Leaving Certificate Examination, 1906
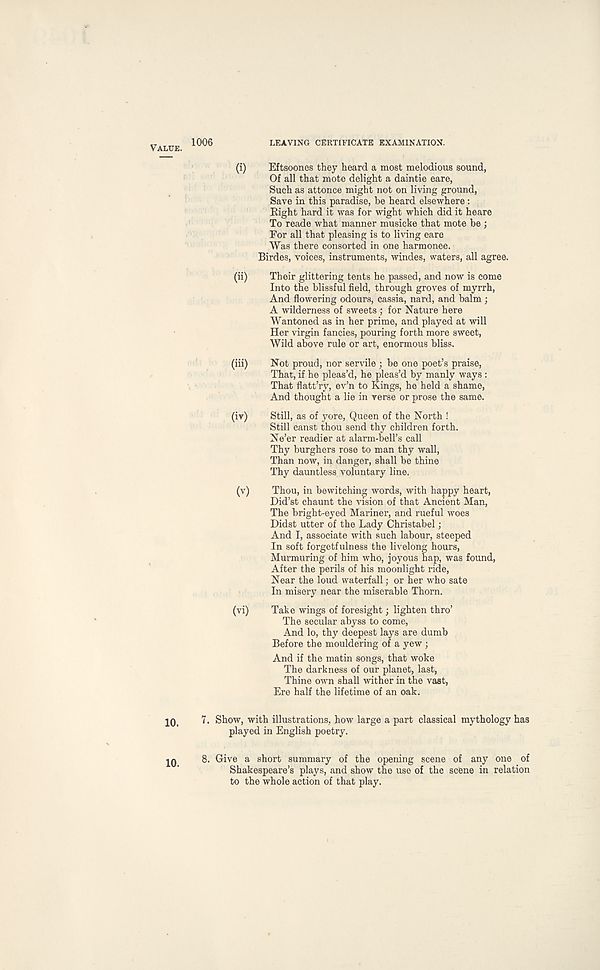
VALUE.
1006
LEAVING CERTIFICATE EXAMINATION.
(i)
Eftsoones they heard a most melodious sound,
Of all that mote delight a daintie eare,
Such as attonce might not on living ground,
Save in this paradise, be heard elsewhere :
Right hard it was for wight which did it heare
To reade what manner musicke that mote be ;
For all that pleasing is to living eare
Was there consorted in one harmonee.
Birdes, voices, instruments, windes, waters, all agree.
(ii)
Their glittering tents he passed, and now is come
Into the blissful field, through groves of myrrh,
And flowering odours, cassia, nard, and balm ;
A wilderness of sweets ; for Nature here
Wantoned as in her prime, and played at will
Her virgin fancies, pouring forth more sweet,
Wild above rule or art, enormous bliss.
(iii)
Not proud, nor servile ; be one poet’s praise,
That, if he pleas’d, he pleas’d by manly ways :
That flatt’ry, ev’n to Kings, he held a shame,
And thought a lie in verse or prose the same.
(iv)
Still, as of yore, Queen of the North !
Still canst thou send thy children forth.
Ne’er readier at alarm-bell’s call
Thy burghers rose to man thy wall,
Than now, in danger, shall be thine
Thy dauntless voluntary line.
(v)
T
Did’st chaunt the vision of that Ancient Man,
The bright-eyed Mariner, and rueful woes
Didst utter of the Lady Christabel;
And I, associate with such labour, steeped
In soft forgetfulness the livelong hours,
Murmuring of him who, joyous hap, was found,
After the perils of his moonlight ride,
Near the loud waterfall; or her who sate
In misery near the miserable Thorn.
(vi)
T
The secular abyss to come,
And lo, thy deepest lays are dumb
Before the mouldering of a yew ;
And if the matin songs, that woke
The darkness of our planet, last,
Thine own shall wither in the vast,
Ere half the lifetime of an oak.
JO.
7. Show, with illustrations, how large a part classical mythology has
played in English poetry.
8. Give a short summary of the opening scene of any one of
Shakespeare’s plays, and show the use of the scene in relation
to the whole action of that play.
10.